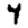
Digit: 4